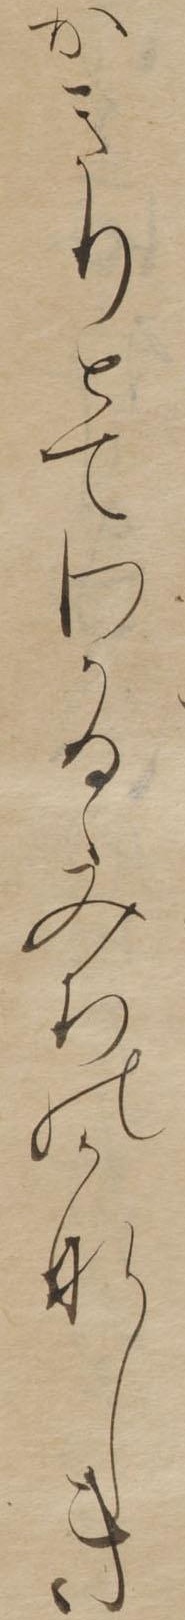
かきりとてわかるゝみちのかなしき